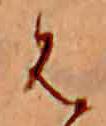
は